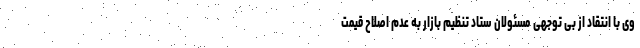
وی با انتقاد از بی توجهی مسئولان ستاد تنظیم بازار به عدم اصلاح قیمت